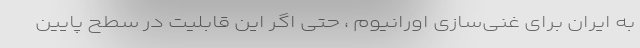
به ایران برای غنی‌سازی اورانیوم ، حتی اگر این قابلیت در سطح پایین